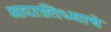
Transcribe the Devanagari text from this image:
आदरातिथ्याचे